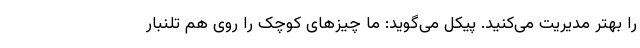
را بهتر مدیریت می‌کنید. پیکل می‌گوید: ما چیزهای کوچک را روی هم تلنبار